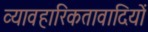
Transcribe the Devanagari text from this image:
व्यावहारिकतावादियों